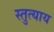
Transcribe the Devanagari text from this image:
स्तुत्याय